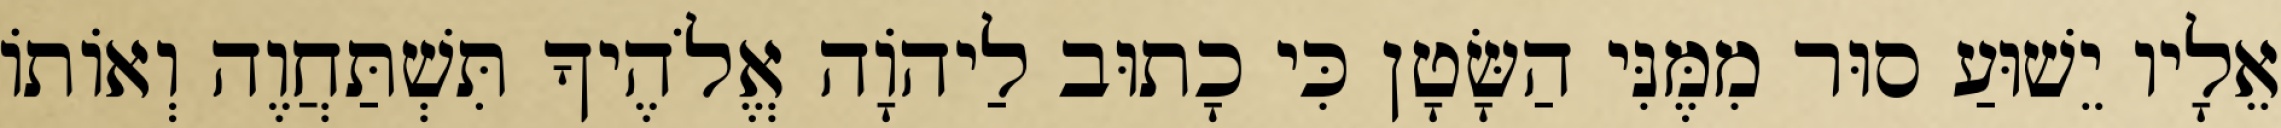
אֵלָיו יֵשׁוּעַ סוּר מִמֶּנִּי הַשָּׂטָן כִּי כָתוּב לַיהוָֹה אֱלֹהֶיךָ תִּשְׁתַּחֲוֶה וְאוֹתוֹ